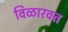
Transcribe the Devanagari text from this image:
विळारवत